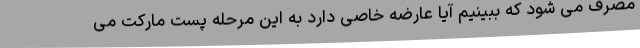
مصرف می شود که ببینیم آیا عارضه خاصی دارد به این مرحله پست مارکت می